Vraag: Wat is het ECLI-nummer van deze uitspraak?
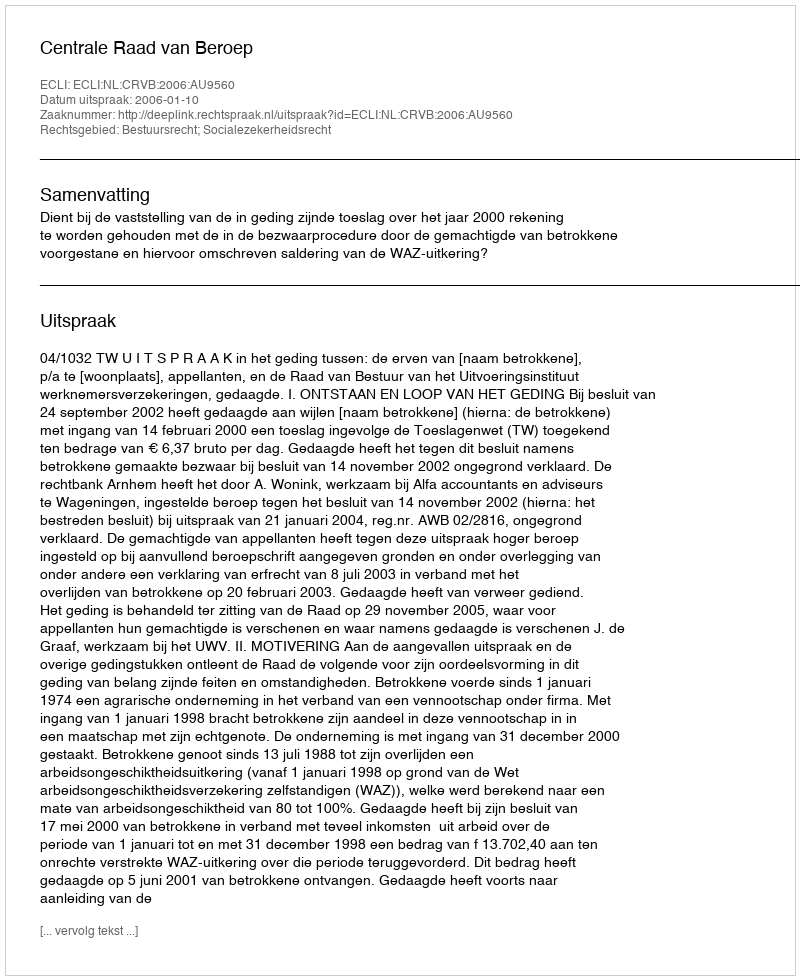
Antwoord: ECLI:NL:CRVB:2006:AU9560